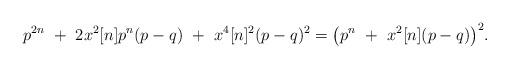
LaTeX: \begin{align*}p^{2n}~+~2x^{2}[n]p^{n}(p-q)~+~x^{4}[n]^{2}(p-q)^{2} = \big(p^{n}~+~x^{2}[n](p-q)\big)^{2}. \end{align*}